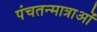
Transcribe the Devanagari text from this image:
पंचतन्मात्राओं